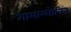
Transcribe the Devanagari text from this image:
गामाग्लोबिन